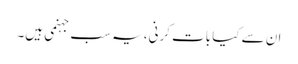
ان سے کیا بات کرنی، یہ سب جہنمی ہیں۔